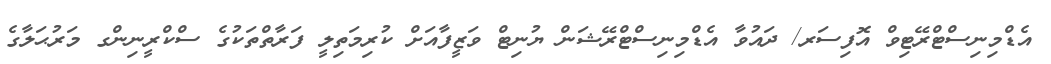
އެޑްމިނިސްޓްރޭޓިވް އޮފިސަރ/ ދައުވާ އެޑްމިނިސްޓްރޭޝަން ޔުނިޓް ވަޒީފާއަށް ކުރިމަތިލީ ފަރާތްތަކުގެ ސްކްރީނިންގ މަރުޙަލާގެ